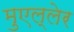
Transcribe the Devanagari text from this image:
मुएल्लेर